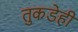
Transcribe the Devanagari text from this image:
तुकडेही